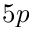
5 p